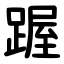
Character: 䠎